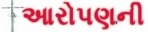
આરોપણની